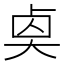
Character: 𠧵